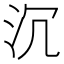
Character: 沉